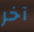
آخر